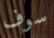
سوف